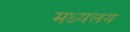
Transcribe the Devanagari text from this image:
मध्‍यलय